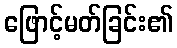
ဖြောင့်မတ်ခြင်း၏